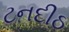
ટનદીઠ